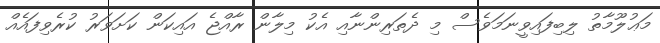
މަޢުލޫމާތު ލިބިފައިވީނަމަވެސް މި ދެތަރިންނާއި އެކު މިލާން ރާއްޖެ އައިކަން ކަށަވަރު ކުރެވިފައެއް